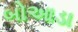
બોઆડા